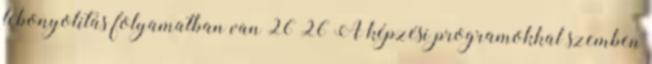
lebonyolítás folyamatban van 26 26 A képzési programokkal szemben